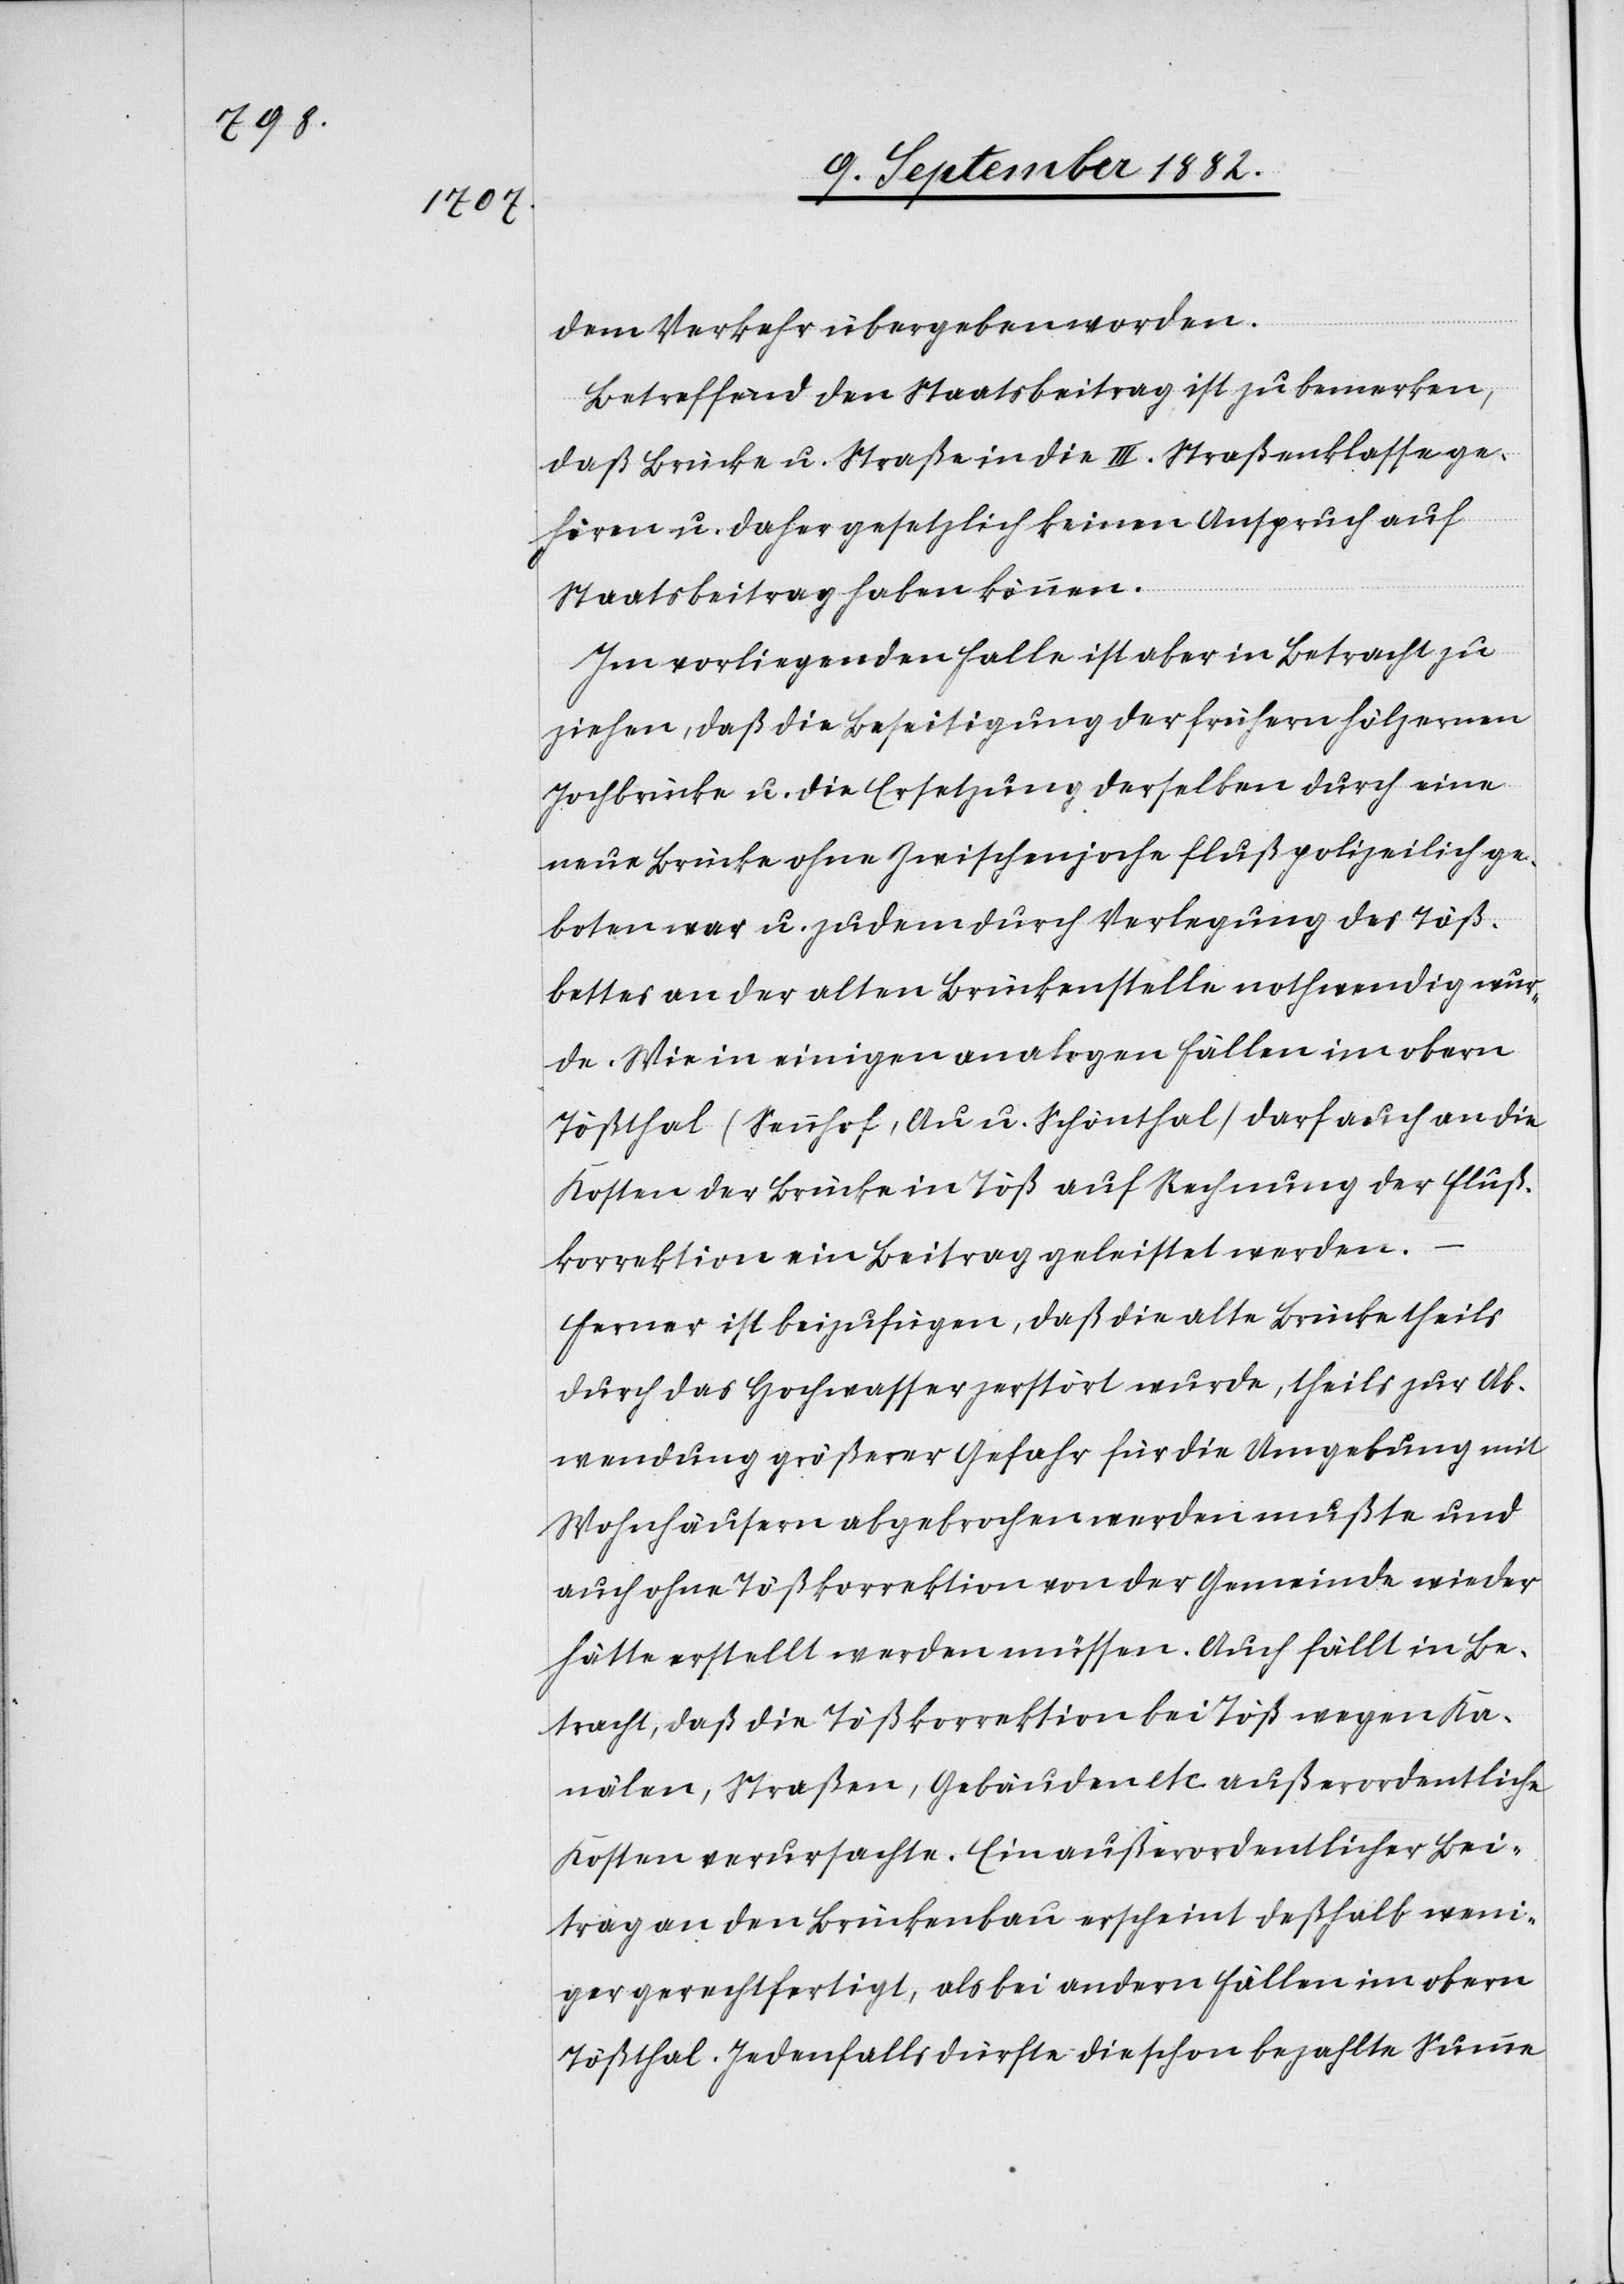
dem Verkehr übergeben worden.
Betreffend den Staatsbeitrag ist zu bemerken,
daß Brücke u. Straße in die III. Straßenklasse ge¬
hören u. daher gesetzlich keinen Anspruch auf
Staatsbeitrag haben können.
Im vorliegenden Falle ist aber in Betracht zu
ziehen, daß die Beseitigung der frühern hölzernen
Jochbrücke u. die Ersetzung derselben durch eine
neue Brücke ohne Zwischenjoche flußpolizeilich ge¬
boten war u. zudem durch Verlegung des Töß¬
bettes an der alten Brückenstelle nothwendig wur¬
de. Wie in einigen analogen Fällen im obern
Tößthal (Sennhof, Au u. Schönthal) darf auch an die
Kosten der Brücke in Töß auf Rechnung der Fluß¬
korrektion ein Beitrag geleistet werden.
Ferner ist beizufügen, daß die alte Brücke theils
durch das Hochwasser zerstört wurde, theils zur Ab¬
wendung größerer Gefahr für die Umgebung mit
Wohnhäusern abgebrochen werden mußte und
auch ohne Tößkorrektion von der Gemeinde wieder
hätte erstellt werden müssen. Auch fällt in Be¬
tracht, daß die Tößkorrektion bei Töß wegen Ka¬
nälen, Straßen, Gebäuden etc. außerordentliche
Kosten verursachte. Ein außerordentlicher Bei¬
trag an den Brückenbau erscheint deßhalb weni¬
ger gerechtfertigt, als bei andern Fällen im obern
Tößthal. Jedenfalls dürfte die schon bezahlte Summe